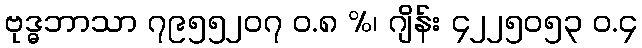
ဗုဒ္ဓဘာသာ ၇၉၅၅၂၀၇ ဝ.၈ %၊ ဂျိန်း ၄၂၂၅၀၅၃ ဝ.၄